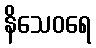
နိသေဝရေ